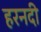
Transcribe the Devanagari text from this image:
हरनदी